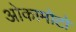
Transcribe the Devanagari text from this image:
ओकामोटो